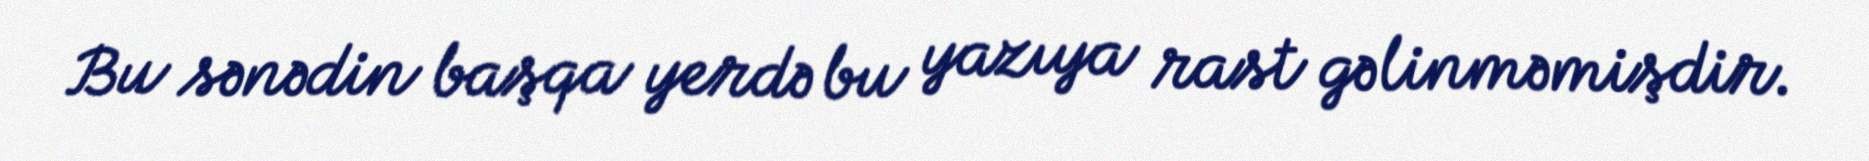
Bu sənədin başqa yerdə bu yazıya rast gəlinməmişdir.